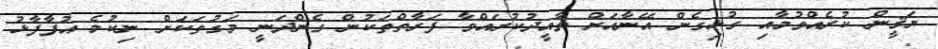
ޔަޤީން ކުރެއްވުމާއި ގުޅިގެން އޭނާއަށް ތާއީދުކުރައްވާ ފަރާތްތަކުން ގެންދަނީ މަގުތަކަށް ނިކުމެ އުފާފާޅު